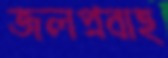
জলপ্রবাহ